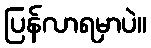
ပြန်လာရမှာပဲ။